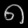
Digit: ၈